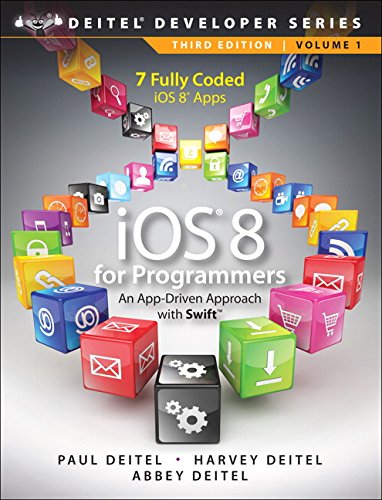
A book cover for iOS 8 for Programmers: An App-Driven Approach with Swift (3rd Edition) (Deitel Developer Series); Paul Deitel; Computers & Technology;